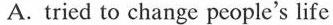
A. tried to change people's life